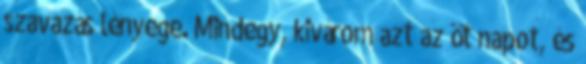
szavazás lényege. Mindegy, kivárom azt az öt napot, és